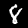
Digit: 8